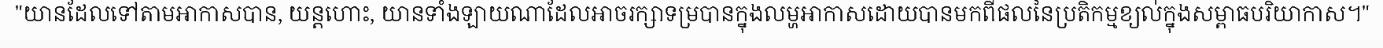
"យានដែលទៅតាមអាកាសបាន, យន្តហោះ, យានទាំងឡាយណាដែលអាចរក្សាទម្របានក្នុងលម្ហអាកាសដោយបានមកពីផលនៃប្រតិកម្មខ្យល់ក្នុងសម្ពាធបរិយាកាស។"